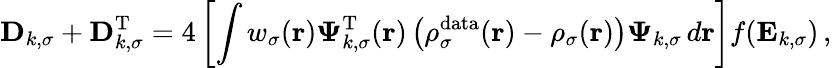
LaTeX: \mathbf{D}_{k,\sigma}+\mathbf{D}_{k,\sigma}^{\mathrm{T}}=4\left[\int w_{\sigma}(\boldsymbol{\textbf{r}})\boldsymbol{\Psi}_{k,\sigma}^{\mathrm{T}}(\boldsymbol{\textbf{r}})\left(\rho_{\sigma}^{\mathrm{data}}(\boldsymbol{\textbf{r}})-\rho_{\sigma}(\boldsymbol{\textbf{r}})\right)\boldsymbol{\Psi}_{k,\sigma}\, d\boldsymbol{\textbf{r}}\right]f(\mathbf{E}_{k,\sigma})\, ,